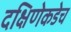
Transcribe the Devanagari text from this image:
दक्षिणेकडेच